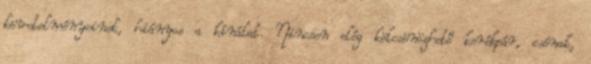
követelményeinek, hiányos a kínálat. Nincsen elég kölcsönözhető kerékpár, csónak,